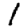
Digit: 1